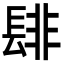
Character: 𮤁